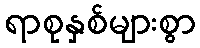
ရာစုနှစ်များစွာ